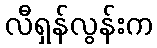
လီရှန်လွန်းက